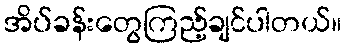
အိပ်ခန်းတွေကြည့်ချင်ပါတယ်။